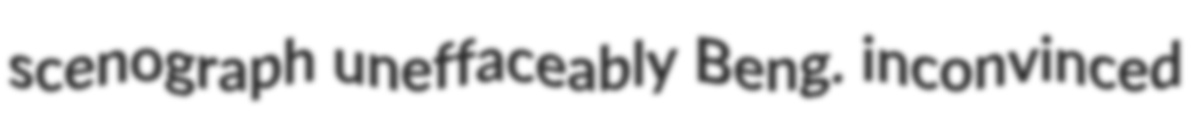
scenograph uneffaceably Beng. inconvinced